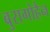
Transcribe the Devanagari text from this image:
बुरागोहैन